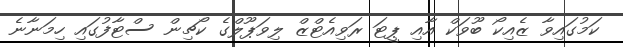
ކަމުގައިވާ ޒެއިކޯ ބޫވަކް އާއި ޕީޓަ ރަވިއެޓްޒް ލިވަޕޫލްގެ ކޯޗިން ސްޓާފުގައި ހިމަނާނެ